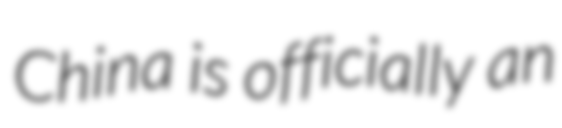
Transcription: China is officially an